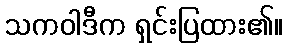
သကဝါဒီက ရှင်းပြထား၏။